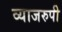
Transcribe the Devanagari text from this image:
व्याजरुपी